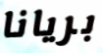
بريانا